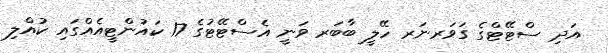
އަދި ސްޓޭޓްގެ ގަވަރނަރ ހޭލީ ބާބަރ ވަނީ އެސްޓޭޓުގެ 17 ކައުންޓީއެއްގައި ކުއްލި